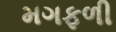
મગફળી